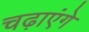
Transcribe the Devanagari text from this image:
चढ़ाएंगे